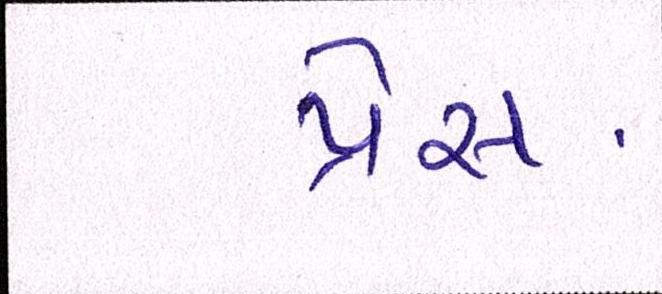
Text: પ્રેસ